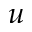
u